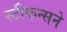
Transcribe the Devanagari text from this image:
स्टीफन्सने